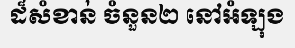
ដ៏សំខាន់ ចំនួន២ នៅអំឡុង